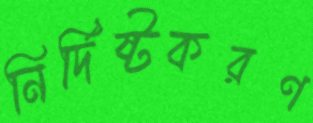
নির্দিষ্টকরণ